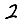
Digit: 2